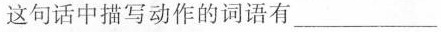
这句话中描写动作的词语有___